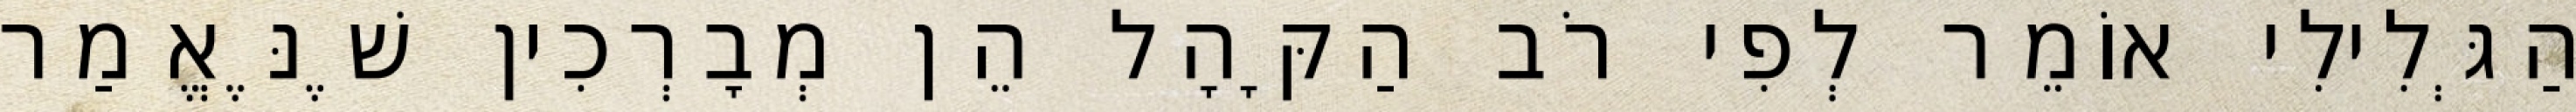
הַגְּלִילִי אוֹמֵר לְפִי רֹב הַקָּהָל הֵן מְבָרְכִין שֶׁנֶּאֱמַר